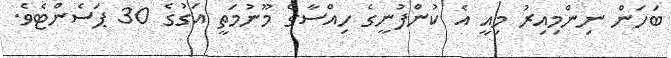
ބަހަން ނިންމިއިރު މިއީ އެ ކުންފުނީގެ ހިއްސާގެ މޫނުމަތީ އަގުގެ 30 ޕަސެންޓެވެ.